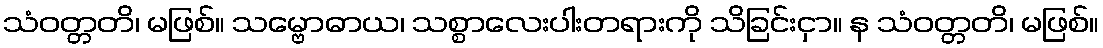
သံဝတ္တတိ၊ မဖြစ်။ သမ္ဗောဓာယ၊ သစ္စာလေးပါးတရားကို သိခြင်းငှာ။ န သံဝတ္တတိ၊ မဖြစ်။